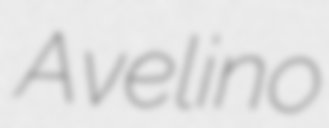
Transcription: Avelino